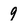
Character: 9